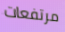
مرتفعات